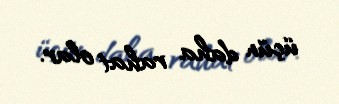
üçün daha rahat olar.